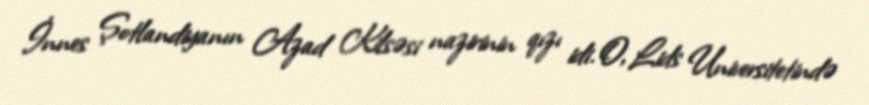
İnnes Şotlandiyanın Azad Kilsəsi nazirinin qızı idi. O, Lids Universitetində